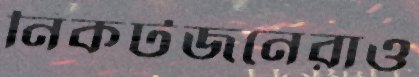
নিকটজনেরাও